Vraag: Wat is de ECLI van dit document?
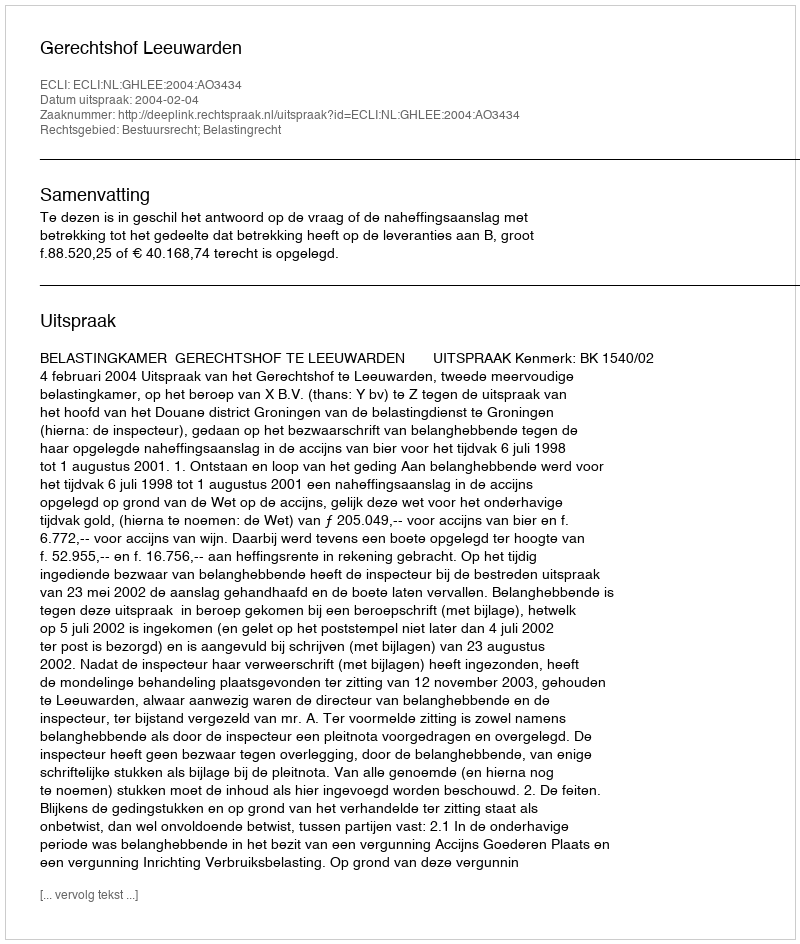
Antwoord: ECLI:NL:GHLEE:2004:AO3434